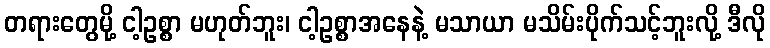
တရားတွေမို့ ငါ့ဥစ္စာ မဟုတ်ဘူး၊ ငါ့ဥစ္စာအနေနဲ့ မသာယာ မသိမ်းပိုက်သင့်ဘူးလို့ ဒီလို